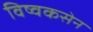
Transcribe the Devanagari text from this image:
विष्वकसेन